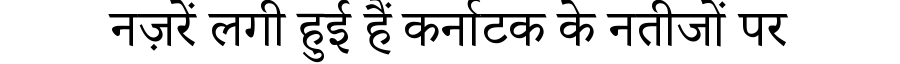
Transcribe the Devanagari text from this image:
नज़रें लगी हुई हैं कर्नाटक के नतीजों पर